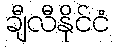
ချီလီနိုင်ငံ